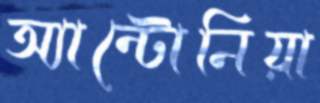
অ্যান্টোনিয়া